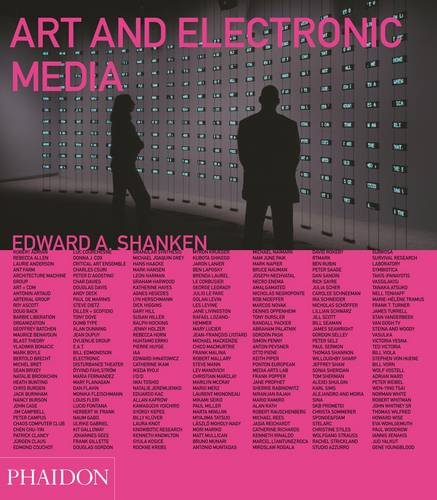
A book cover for Art and Electronic Media; Arts & Photography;